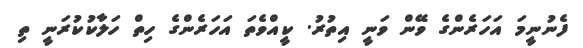
ފެނުނީމަ އަހަރެންގެ ވޭން ވަނީ އިތުރު. ކީއްވެތަ އަހަރެންގެ ހިތް ހަލާކުކުރަނީ ތި